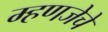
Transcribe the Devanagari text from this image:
म्हणजेचे